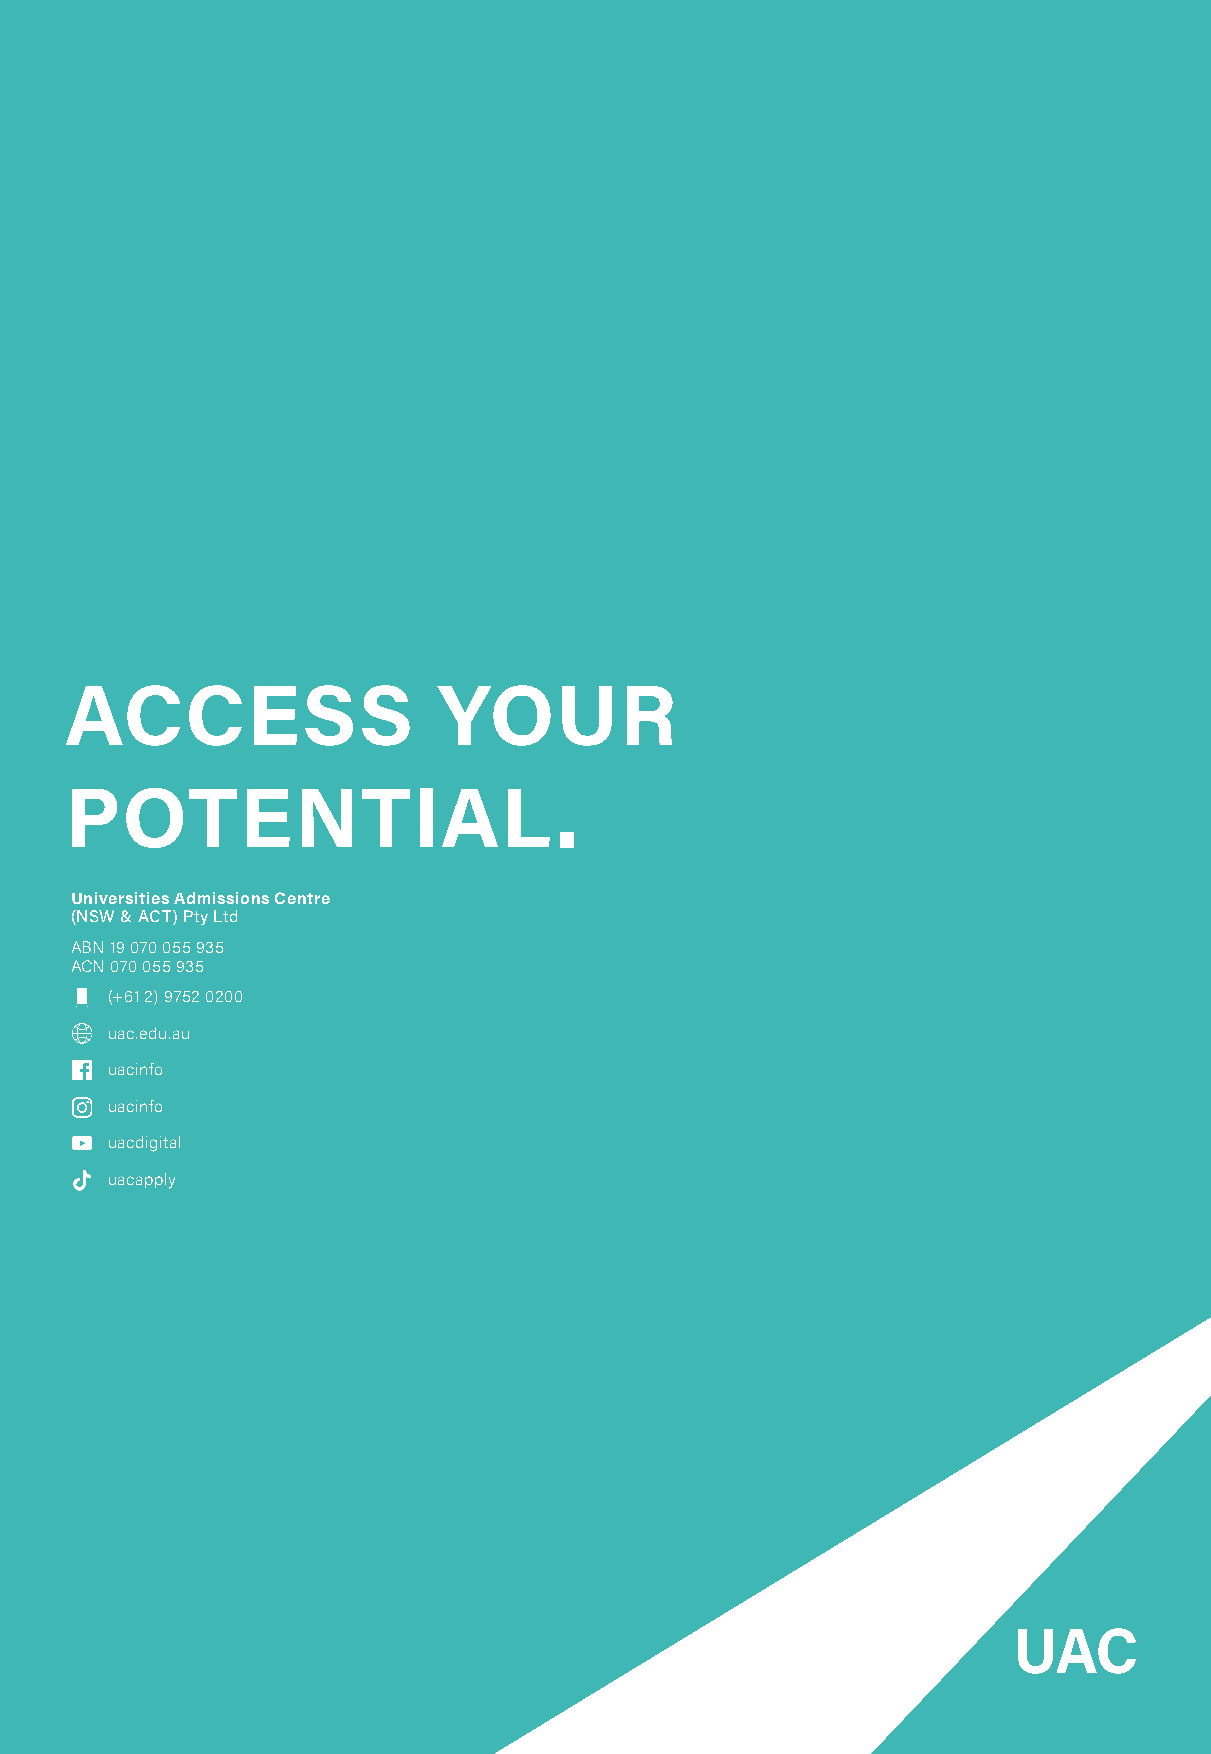
ACCESS                   YOUR
 POTENTIAL.
 Universities Admissions Centre
 (NSW & ACT) Pty Ltd
 ABN 19 070 055 935
 ACN 070 055 935
 (+61 2) 9752 0200
 uac.edu.au
 uacinfo
 uacinfo
 uacdigital
 uacapply